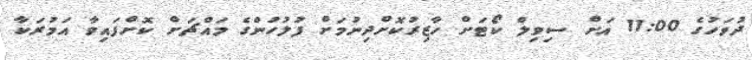
ދުވަހުގެ 11:00 އަށް ސިވިލް ކޯޓަށް ހާޒިރުކޮށްދިނުމަށް ފުލުހުންގެ މައްޗަށް ކޮށްފައިވާ އަމުރަކާ